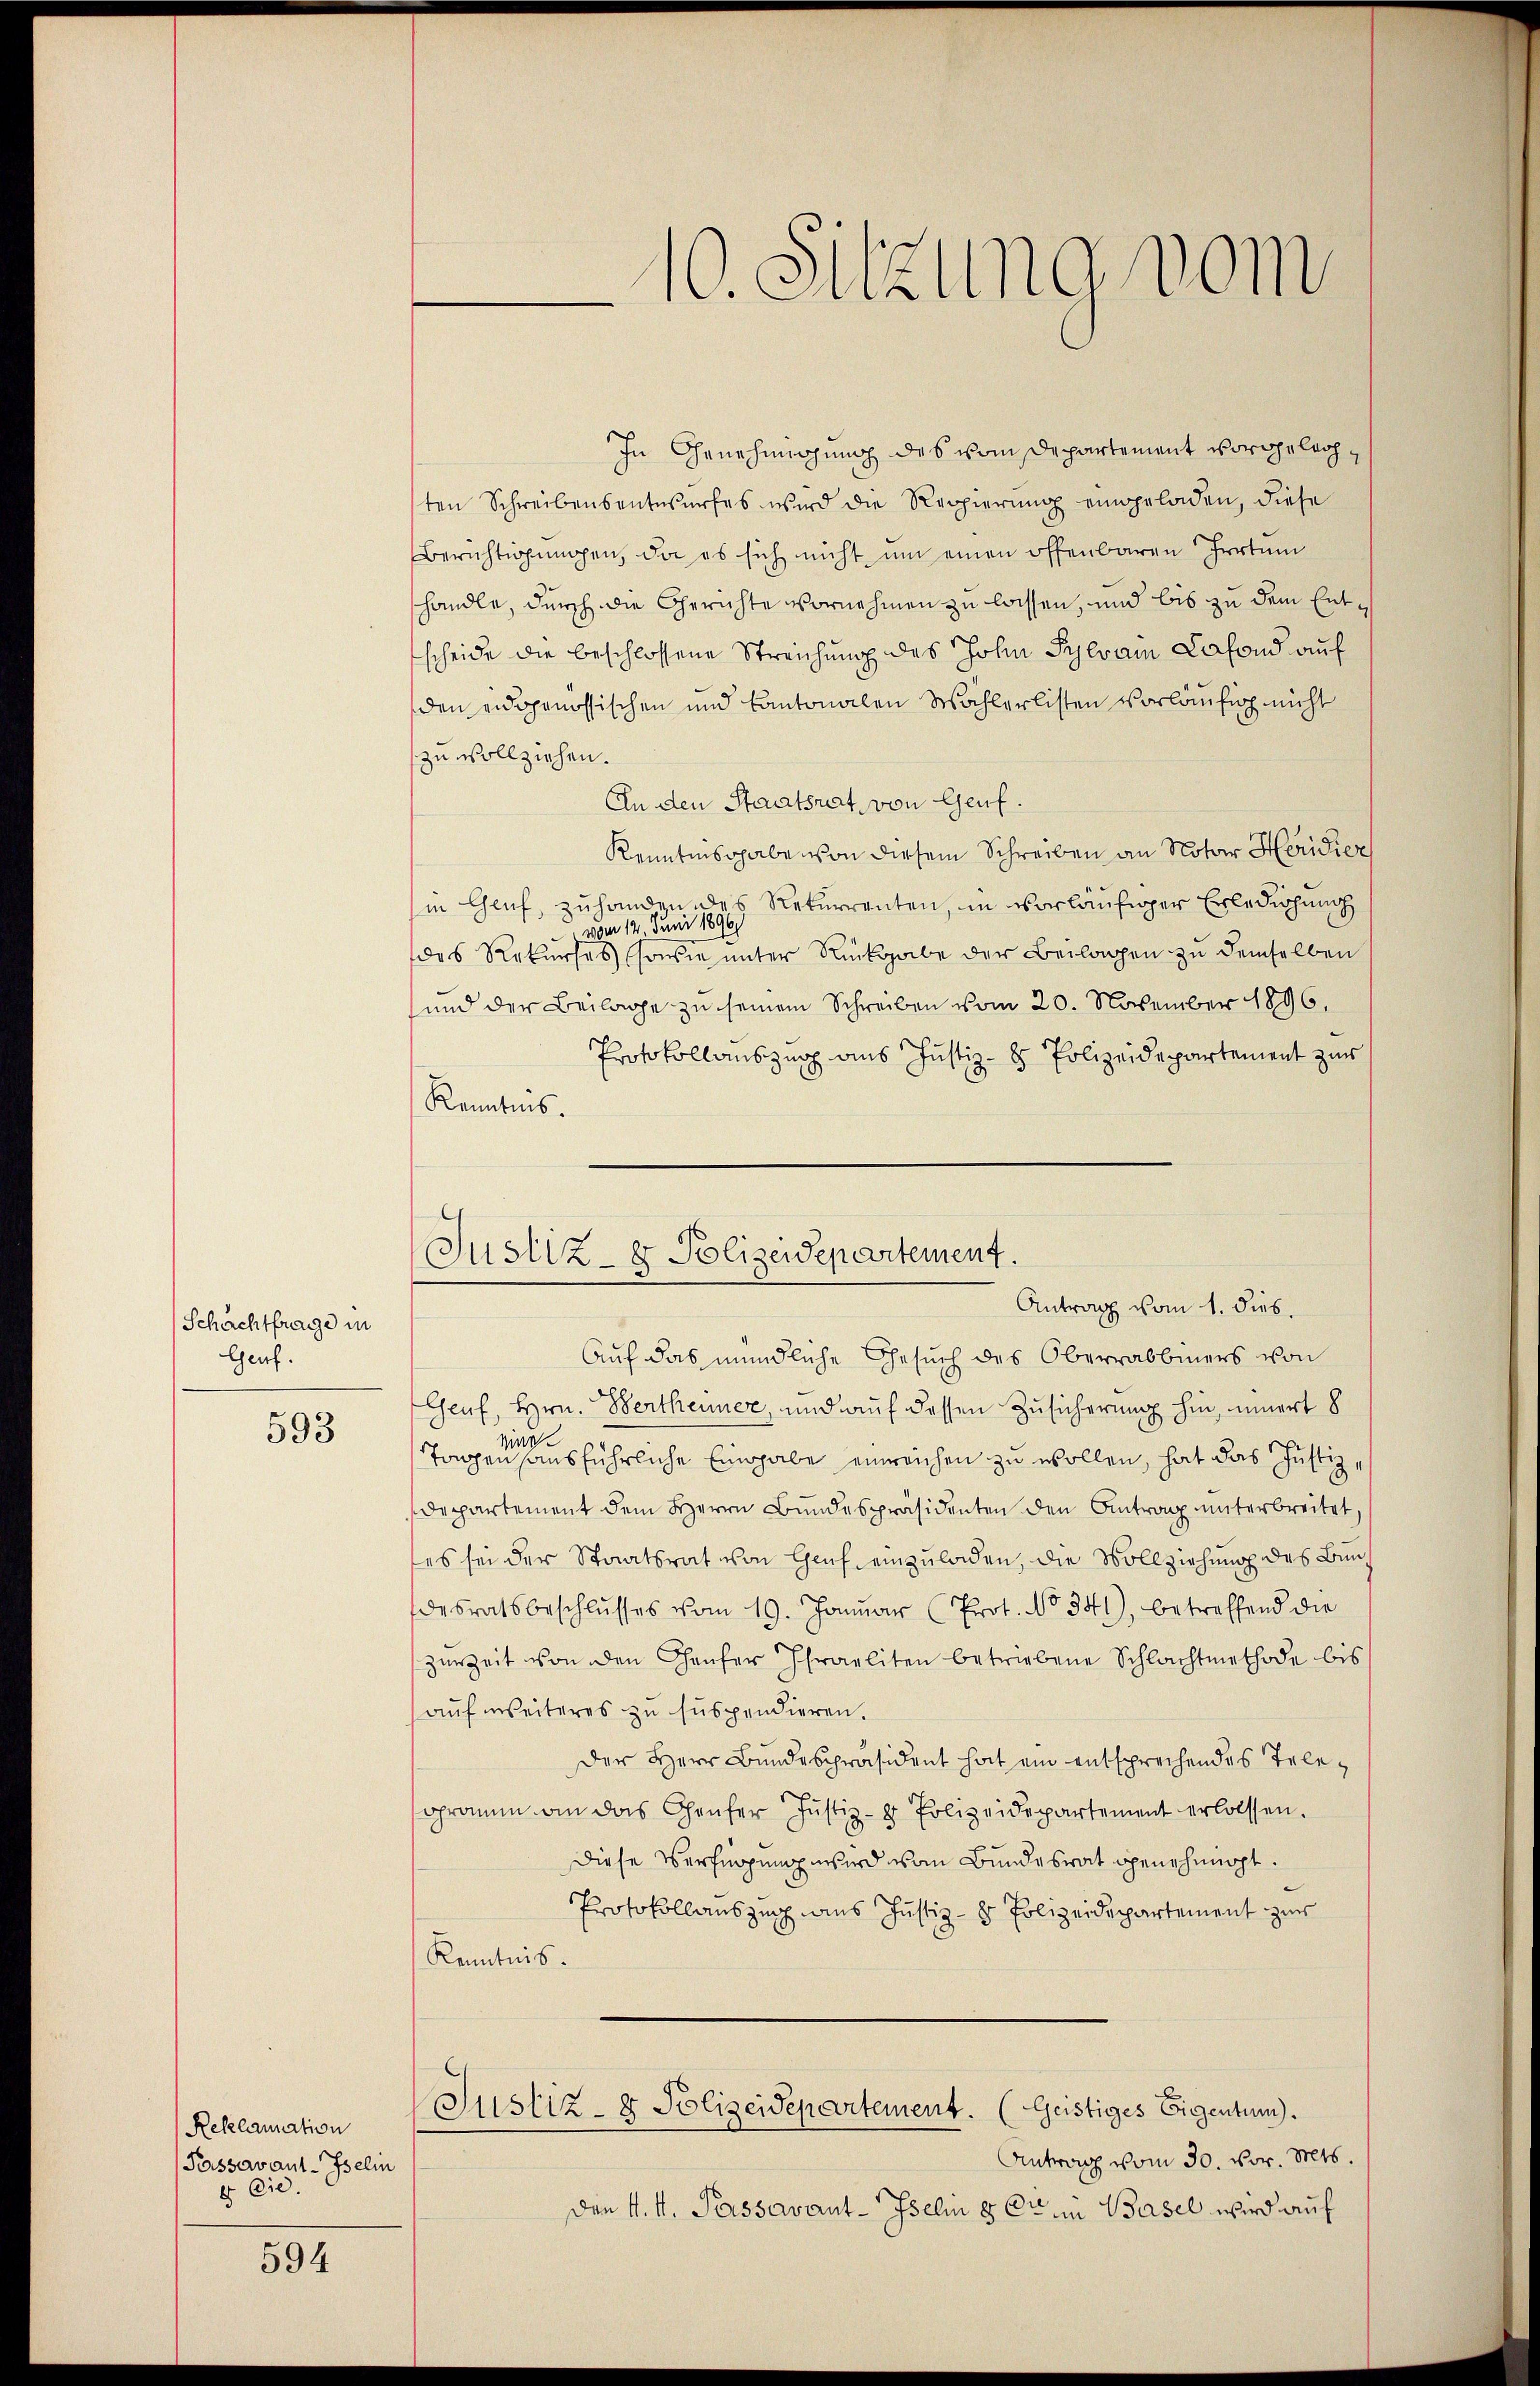
Schachtfrage in
Genf.

593

Reklamation
Passavant-Iselin
4 Eie

594

In Genehmigung des vom Departement vorgelegten Schreibensentwurfes wird die Reppierung eingeladen, diese
Berichtigŭngen, da es sich nicht um einen offenbaren Irrtum
handle, durch die Gerichte vornehmen zu lassen, und bis zu dem Entscheide die beschlossene Streichung des John Sylvam Cafond auf
den eidgenössischen und Cantonalen Wahlerlisten vorläufig nicht
zu vollziehen.
An den Staatsrat, von Genf.
Kenntnisgabe von diesem Schreiben an Notar Heridier
in Genf, zuhanden des Rekurrenten, in vorläufiger Erledigung
 vom 12. Juni 1896
das Rekurses (sowie unter Rückgabe der Beilagen zu demselben
und der Beilage zu seinem Schreiben vom 20. November 1896.
Protokollauszug aus Justiz- & Polizeidepartement zur
Kenntnis.
Auf das mündliche Gesuch des Oberrabbiners von
Genf, Hrn. Bertheuer, und auf dessen Zusicherung hin, innert 8
Mine
Tagen hausführliche Eingabe einreichen zu wollen, hat das Justizdepartement dem Herrn Bundespräsidenten den Antrag unterbreitet
ses sei der Staatsrat von Genf einzuladen, die Vollziehung des Bauh
desratsbeschlŭsses vom 19. Janŭar (Prot. No 341), betreffend die
zurZeit von den Haufer Israeliten betriebene Schlachtmethode bis
aŭf weiteres zu suspendieren.
Der Herr Bundespräsident hat ein entsprechendes Telegramm an das Genfer Justiz- & Polizeidepartement erlassen.
Diese Verfügung wird vom Bundesrat genehmigt.
Protokollauszug aus Justiz- & Polizeidepartement zur
Kenntnis.
Justiz- & Polizeidepartement. (Geistiges Eigentum).
Antrag vom 30. vor. Mts.
Den 4. M. Passavant-Iselin 8 Cr in Basel wird auf

10. Sitzung vom

Justiz- & Polizeidepartement.
Antrag vom 1. dies.